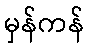
မှန်ကန်